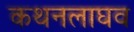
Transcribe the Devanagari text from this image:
कथनलाघव